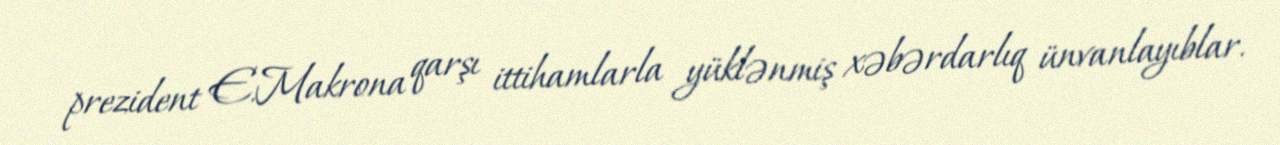
prezident E.Makrona qarşı ittihamlarla yüklənmiş xəbərdarlıq ünvanlayıblar.